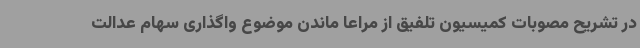
در تشریح مصوبات کمیسیون تلفیق از مراعا ماندن موضوع واگذاری سهام عدالت